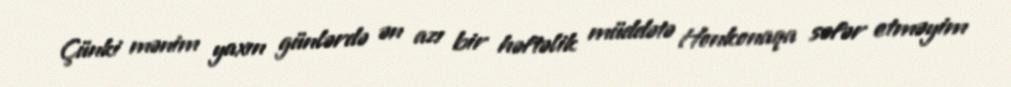
Çünki mənim yaxın günlərdə ən azı bir həftəlik müddətə Honkonaqa səfər etməyim